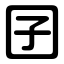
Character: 囝